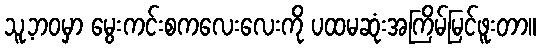
သူ့ဘဝမှာ မွေးကင်းစကလေးလေးကို ပထမဆုံးအကြိမ်မြင်ဖူးတာ။